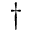
\dagger